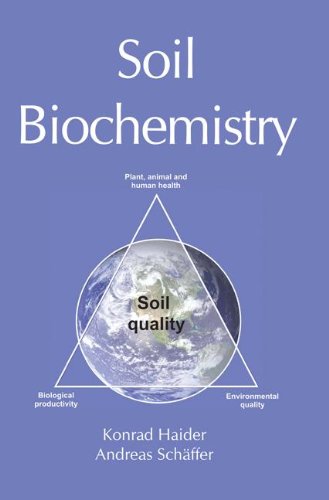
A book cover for Soil Biochemistry; K Haider; Science & Math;